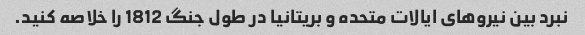
نبرد بین نیروهای ایالات متحده و بریتانیا در طول جنگ 1812 را خلاصه کنید.